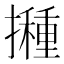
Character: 𭢸